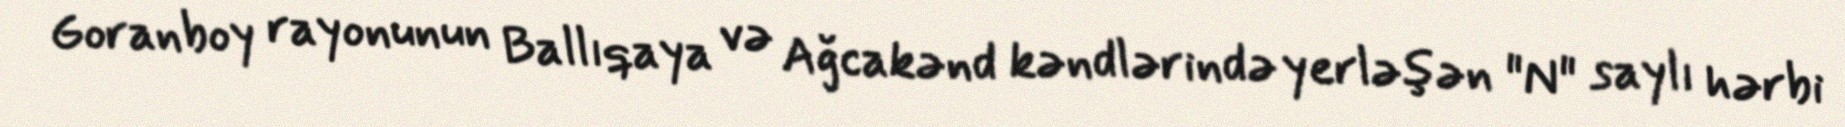
Goranboy rayonunun Ballıqaya və Ağcakənd kəndlərində yerləşən "N" saylı hərbi